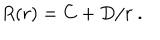
R ( r ) = C + D / r \ .